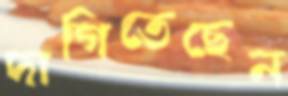
দাগিতেছেন